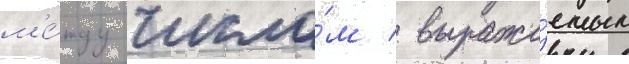
м'е́жду число́м / выража́емым